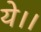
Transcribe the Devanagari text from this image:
ये।।